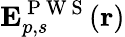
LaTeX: \mathbf{E}_{p,s}^{\mathrm{~P~W~S~}}(\mathbf{r})